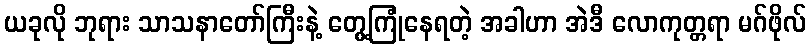
ယခုလို ဘုရား သာသနာတော်ကြီးနဲ့ တွေ့ကြုံနေရတဲ့ အခါဟာ အဲဒီ လောကုတ္တရာ မဂ်ဖိုလ်